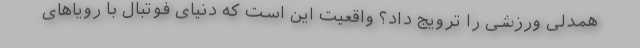
همدلی ورزشی را ترویج داد؟ واقعیت این است که دنیای فوتبال با رویاهای